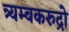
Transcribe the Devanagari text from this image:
त्र्यम्बकरुद्रो